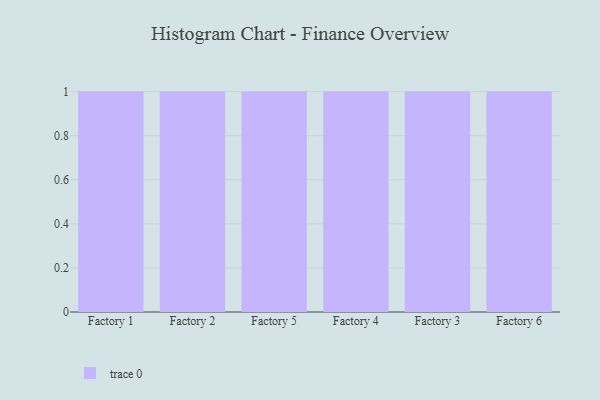
{"axis": {"x": "Factory", "y": "Churn Rate (%)"}, "legend": [""], "data": [{"x": "Factory 1", "y": 42, "type": ""}, {"x": "Factory 2", "y": 42, "type": ""}, {"x": "Factory 5", "y": 80, "type": ""}, {"x": "Factory 4", "y": 4, "type": ""}, {"x": "Factory 3", "y": 14, "type": ""}, {"x": "Factory 6", "y": 38, "type": ""}]}